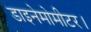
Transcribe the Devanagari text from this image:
डाइनेमोमीटर।